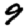
Digit: 9